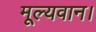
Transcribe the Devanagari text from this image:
मूल्यवान।